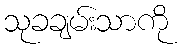
သုခချမ်းသာကို